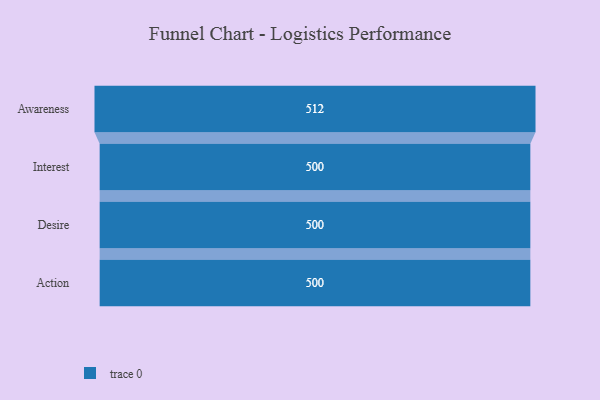
{"axis": {"x": "Stage", "y": "Value"}, "legend": [""], "data": [{"x": "Awareness", "y": 512.0, "type": ""}, {"x": "Interest", "y": 500, "type": ""}, {"x": "Desire", "y": 500, "type": ""}, {"x": "Action", "y": 500, "type": ""}]}